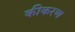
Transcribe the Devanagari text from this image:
कीकरण